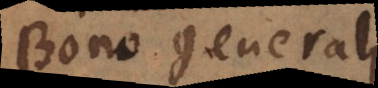
Bono generali